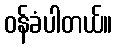
ဝန်ခံပါတယ်။